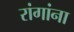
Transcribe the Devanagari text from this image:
रांगांना